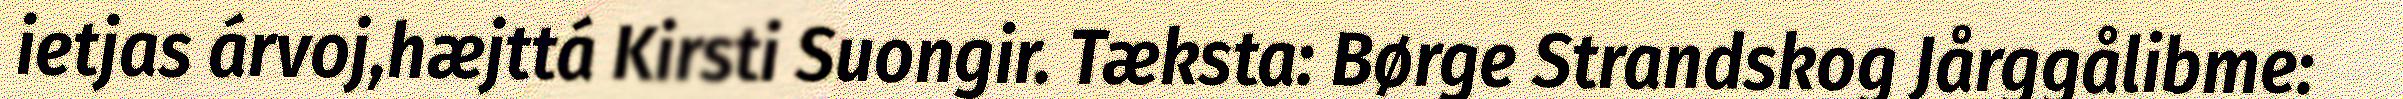
ietjas árvoj,hæjttá Kirsti Suongir. Tæksta: Børge Strandskog Jårggålibme: